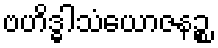
ဗဟိဒ္ဓါသံယောဇနဉ္စ